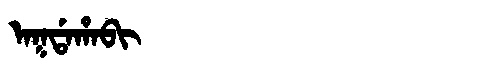
Manchu: ᠠᡴᡩᠠᡥᠠᠪᡳ
Romanization: AKDAHABI